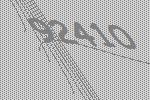
92410